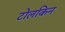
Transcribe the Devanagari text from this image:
टोलकिन